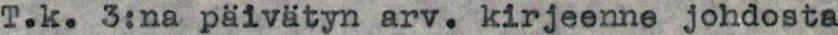
T.k. 3:na päivätyn arv. kirjeenne johdosta